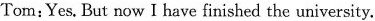
Tom:Yes. But now I have finished the university.